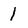
Character: I